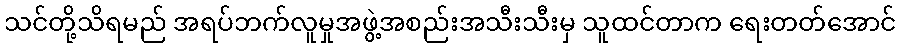
သင်တို့သိရမည် အရပ်ဘက်လူမှုအဖွဲ့အစည်းအသီးသီးမှ သူထင်တာက ရေးတတ်အောင်